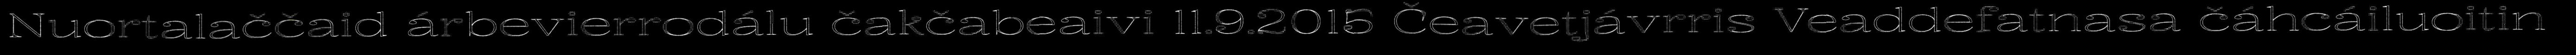
Nuortalaččaid árbevierrodálu čakčabeaivi 11.9.2015 Čeavetjávrris Veaddefatnasa čáhcáiluoitin